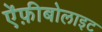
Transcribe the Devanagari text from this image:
ऐंफ़ीबोलाइट